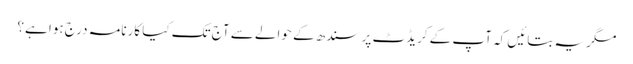
مگر یہ بتائیں کہ آپ کے کریڈٹ پر سندھ کے حوالے سے آج تک کیا کارنامہ درج ہوا ہے؟